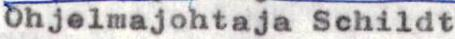
Ohjelmajohtaja Schildt